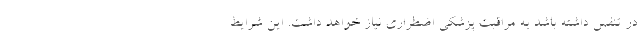
در تنفس داشته باشد به مراقبت پزشکی اضطراری نیاز خواهد داشت. این شرایط